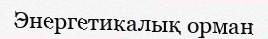
Энергетикалық орман